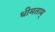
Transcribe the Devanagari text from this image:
धीमताम्